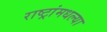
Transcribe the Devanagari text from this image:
राष्ट्रांमधल्या